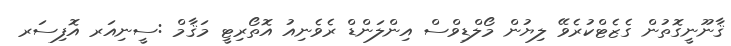
ޤާނޫނީގޮތުން ގެޒެޓްކުރެވޭ ލިޔުން މޯލްޑިވްސް އިންލަންޑް ރެވެނިއު އޮތޯރިޓީ މަޤާމް :ސީނިއަރ އޮފިސަރ